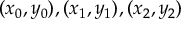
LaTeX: ( x _ { 0 } , y _ { 0 } ) , ( x _ { 1 } , y _ { 1 } ) , ( x _ { 2 } , y _ { 2 } )